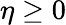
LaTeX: \eta\ge 0